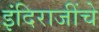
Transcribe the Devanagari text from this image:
इंदिराजींचे